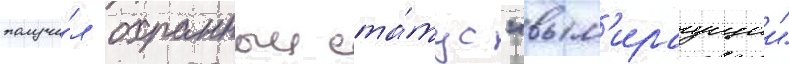
получи́л охранныи ста́тус "вым'ираущии"